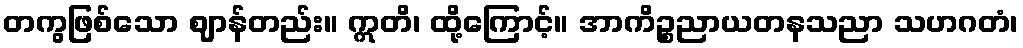
တကွဖြစ်သော ဈာန်တည်း။ ဣတိ၊ ထို့ကြောင့်။ အာကိဉ္စညာယတနသညာ သဟဂတံ၊